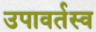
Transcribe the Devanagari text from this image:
उपावर्तस्व